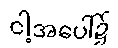
ငါ့အပေါ်၌